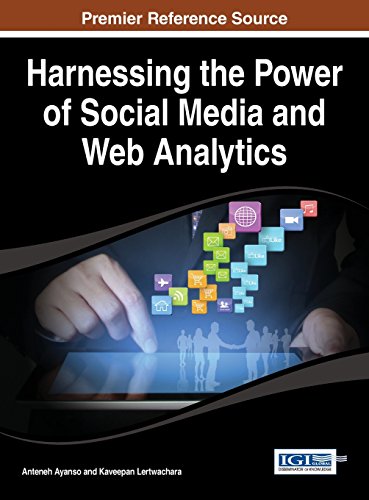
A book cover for Harnessing the Power of Social Media and Web Analytics (Advances in Social Networking and Online Communities); Anteneh Ayanso; Computers & Technology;